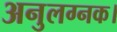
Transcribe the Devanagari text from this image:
अनुलग्नक।